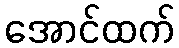
အောင်ထက်